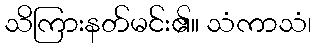
သိကြားနတ်မင်း၏။ သံကာသံ၊